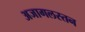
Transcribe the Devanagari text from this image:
अजागलस्तन